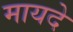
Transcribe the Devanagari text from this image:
मायदे